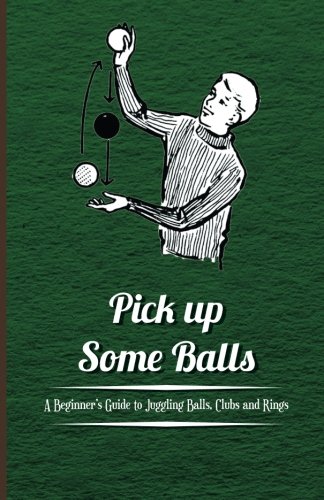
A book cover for Pick up Some Balls - A Beginner's Guide to Juggling Balls, Clubs and Rings; anon.; Sports & Outdoors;